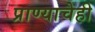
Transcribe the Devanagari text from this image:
प्राण्याचेही